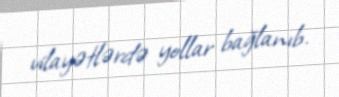
vilayətlərdə yollar bağlanıb.